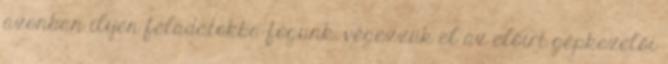
azonban ilyen feladatokba fogunk, végezzük el az előírt gépkezelői